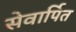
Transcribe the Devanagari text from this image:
सेवार्पित